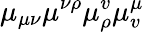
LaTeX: \mu_{\mu\nu}\mu^{\nu\rho}\mu_{\rho}^{v}\mu_{v}^{\mu}